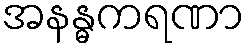
အနန္ဓကရဏာ